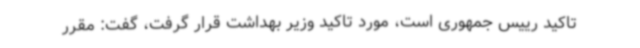
تاکید رییس جمهوری است، مورد تاکید وزیر بهداشت قرار گرفت، گفت: مقرر